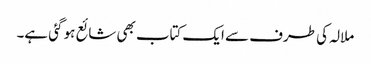
ملالہ کی طرف سے ایک کتاب بھی شائع ہو گئی ہے۔